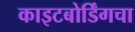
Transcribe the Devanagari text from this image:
काइटबोर्डिंगचा